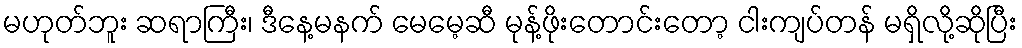
မဟုတ်ဘူး ဆရာကြီး၊ ဒီနေ့မနက် မေမေ့ဆီ မုန့်ဖိုးတောင်းတော့ ငါးကျပ်တန် မရှိလို့ဆိုပြီး